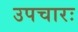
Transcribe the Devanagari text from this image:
उपचारः